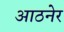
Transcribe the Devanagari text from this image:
आठनेर